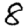
Digit: 8